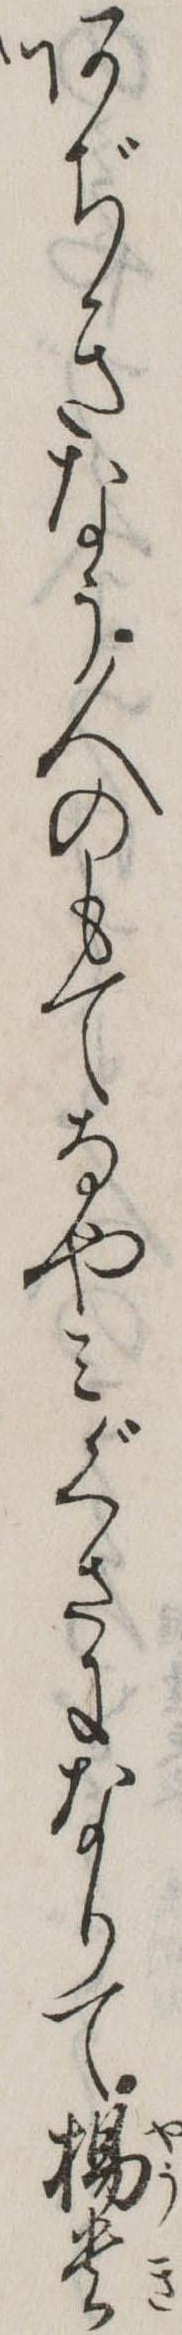
あぢきなう人のもてなやみぐさになりて楊貴